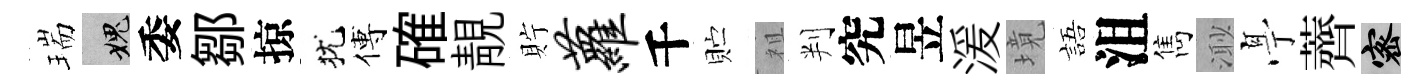
瑞愧委鄒掠犹傅確靚貯萝千贮祖判究昱湲境語沮雋𣺌𠅘薺密